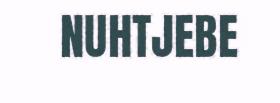
NUHTJEBE